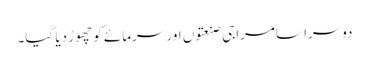
دوسرا سامراجی صنعتوں اور سرمائے کو چھوڑ دیا گیا۔